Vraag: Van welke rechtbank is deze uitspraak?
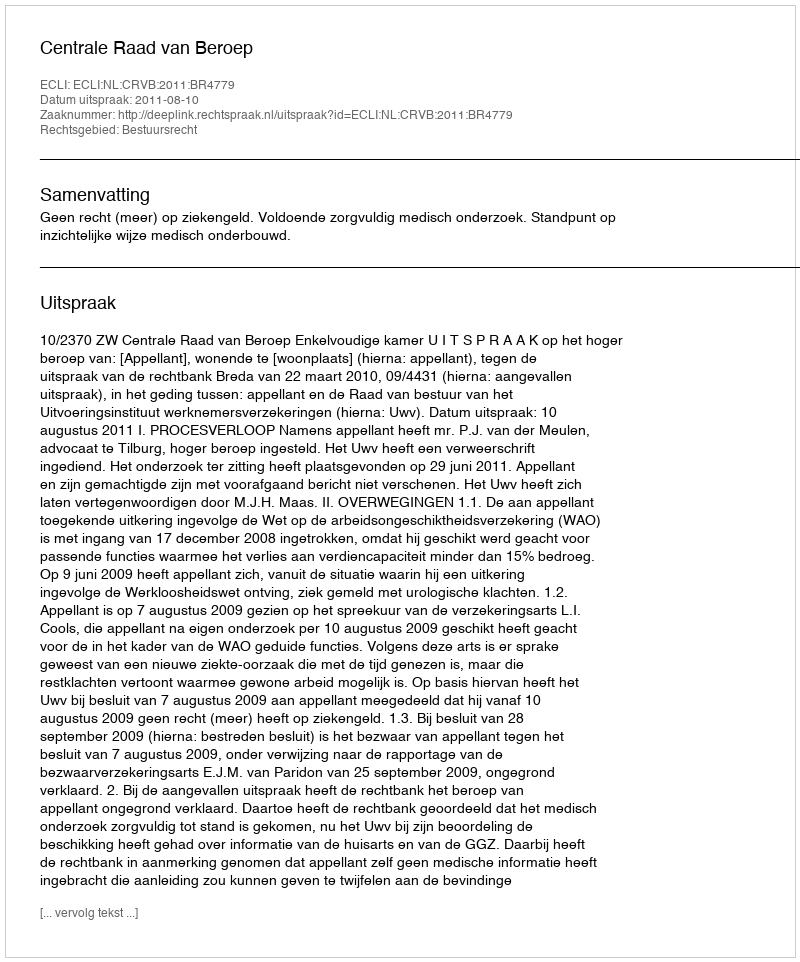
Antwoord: Centrale Raad van Beroep